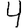
Digit: 4